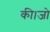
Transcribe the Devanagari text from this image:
की।जो